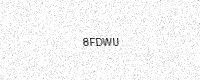
Text: 8FDWU